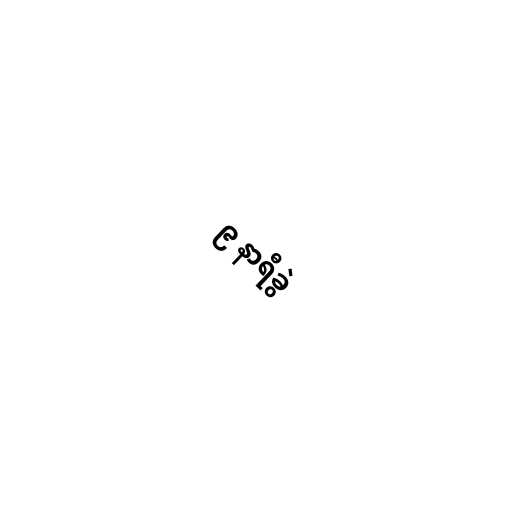
၉ နာရီခွဲ